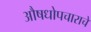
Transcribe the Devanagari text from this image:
औषधोपचाराचे